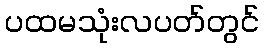
ပထမသုံးလပတ်တွင်